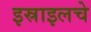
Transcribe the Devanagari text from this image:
इस्राइलचे